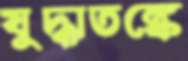
যুদ্ধাতঙ্কে